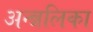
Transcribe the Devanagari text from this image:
अन्न्नलिका